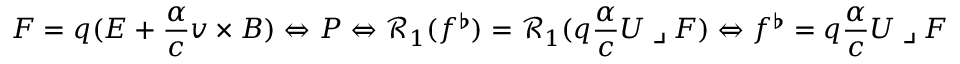
\boldsymbol { F } = q ( \boldsymbol { E } + \frac { \alpha } { c } \boldsymbol { v } \times \boldsymbol { B } ) \Leftrightarrow P \Leftrightarrow \mathcal { R } _ { 1 } ( f ^ { \flat } ) = \mathcal { R } _ { 1 } ( q \frac { \alpha } { c } U \mathbin { \lrcorner } F ) \Leftrightarrow f ^ { \flat } = q \frac { \alpha } { c } U \mathbin { \lrcorner } F